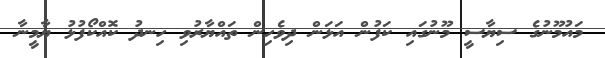
މައުމޫނުގެ ސިޔާސީ މޫނުގައި ކަފުން އަޅަން ދިވެހިން ތައްޔާރުވި ހިނދު ކޮއްކޯފުޅު ޔާމީނާ